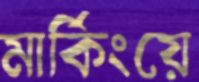
মার্কিংয়ে